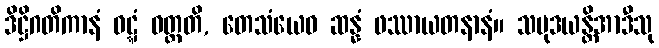
ဒိဋ္ဌိဂတိကာနံ ဝဋ္ဋံ ဝတ္တတိ, တေသံယေဝ ဆန္နံ ဖဿာယတနာနံ။ သမုဒယန္တိအာဒီသု